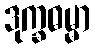
ဒုက္ခဓမ္မာ